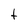
Character: t